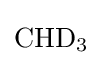
{\mathrm {CHD} {\vphantom {A}}_{\smash[{t}]{3}}}